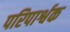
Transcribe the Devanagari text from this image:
परिपार्श्वक